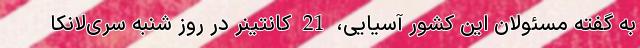
به گفته مسئولان این کشور آسیایی، 21 کانتینر در روز شنبه سری‌لانکا